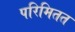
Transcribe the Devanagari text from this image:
परिमितत